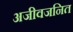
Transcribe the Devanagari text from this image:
अजीवजनित